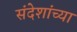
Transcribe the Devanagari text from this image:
संदेशांच्या